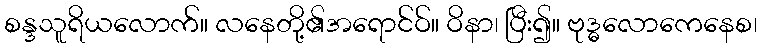
စန္ဒသူရိယလောက်။ လနေတို့၏အရောင်ဝ်။ ဝိနာ၊ ပြီး၍။ ဗုဒ္ဓလောကေနေစ၊